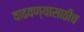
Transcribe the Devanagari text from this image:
वाढवण्यासाठीच